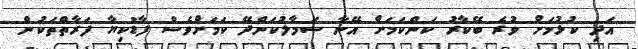
އަދި ކުޅުމަށް ވުރެ ބޭކާރު ކަންކަމަށް އޭނާ ސަމާލުކަންދޭ ކަމަށްވެސް ފާޑުކިޔާ ފަރާތްތަކުން